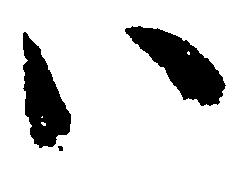
い